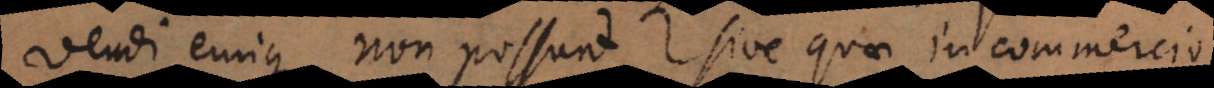
vendi emique non possunt, sive quae in commercio